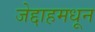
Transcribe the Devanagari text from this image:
जेद्दाहमधून